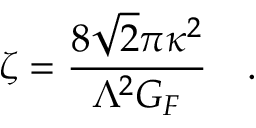
\zeta = { \frac { 8 \sqrt { 2 } \pi \kappa ^ { 2 } } { \Lambda ^ { 2 } G _ { F } } } \ \ \ .